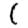
Digit: 1